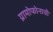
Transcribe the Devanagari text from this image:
ग्रामोफोनाची